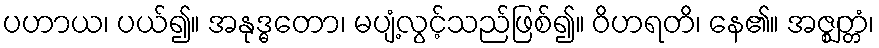
ပဟာယ၊ ပယ်၍။ အနုဒ္ဓတော၊ မပျံ့လွင့်သည်ဖြစ်၍။ ဝိဟရတိ၊ နေ၏။ အဇ္ဈတ္တံ၊